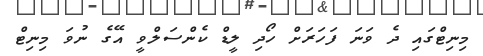
މިނިޓްގައި ދެ ވަނަ ފަހަރަށް ހޯދި ލީޑް ކެންސަލްވީ އޭގެ ނުވަ މިނިޓް